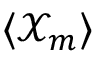
\langle \mathcal { X } _ { m } \rangle